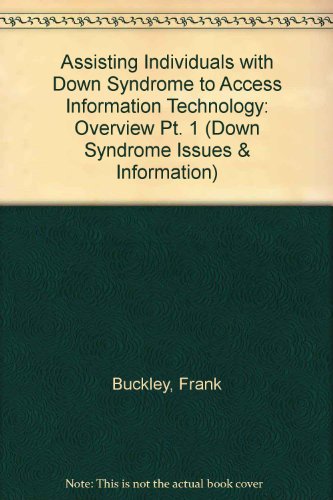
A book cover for Assisting Individuals with Down Syndrome to Access Information Technology: Overview Pt. 1 (Down Syndrome Issues & Information); Frank Buckley; Health, Fitness & Dieting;